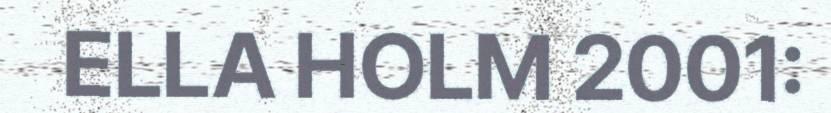
ELLA HOLM 2001: